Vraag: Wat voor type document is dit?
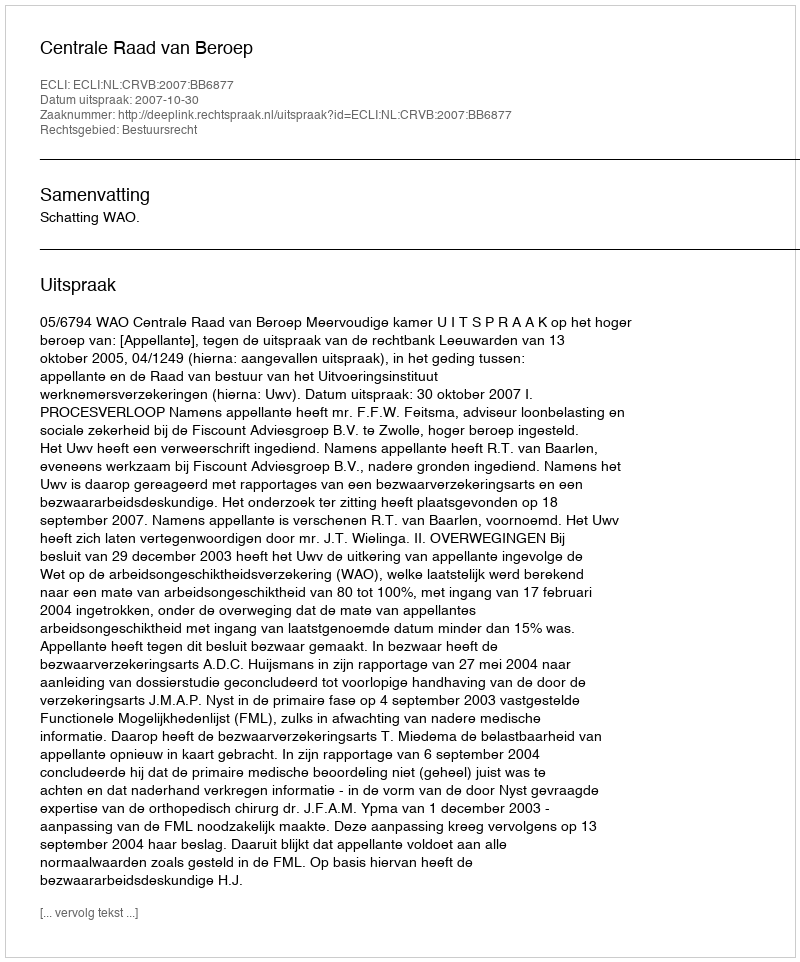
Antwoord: Uitspraak